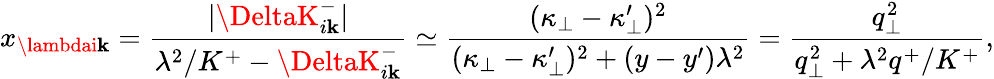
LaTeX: x_{\lambdai\mathbf{k}}={\frac{{|\DeltaK_{i\mathbf{k}}^{-}|}}{{\lambda^{2}/K^{+}-\DeltaK_{i\mathbf{k}}^{-}}}}\simeq{\frac{{(\kappa_{\bot}-\kappa_{\bot}^{\prime})^{2}}}{{(\kappa_{\bot}-\kappa_{\bot}^{\prime})^{2}+(y-y^{\prime})\lambda^{2}}}}={\frac{{q_{\bot}^{2}}}{{q_{\bot}^{2}+\lambda^{2}q^{+}/K^{+}}}},